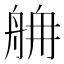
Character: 𦨸